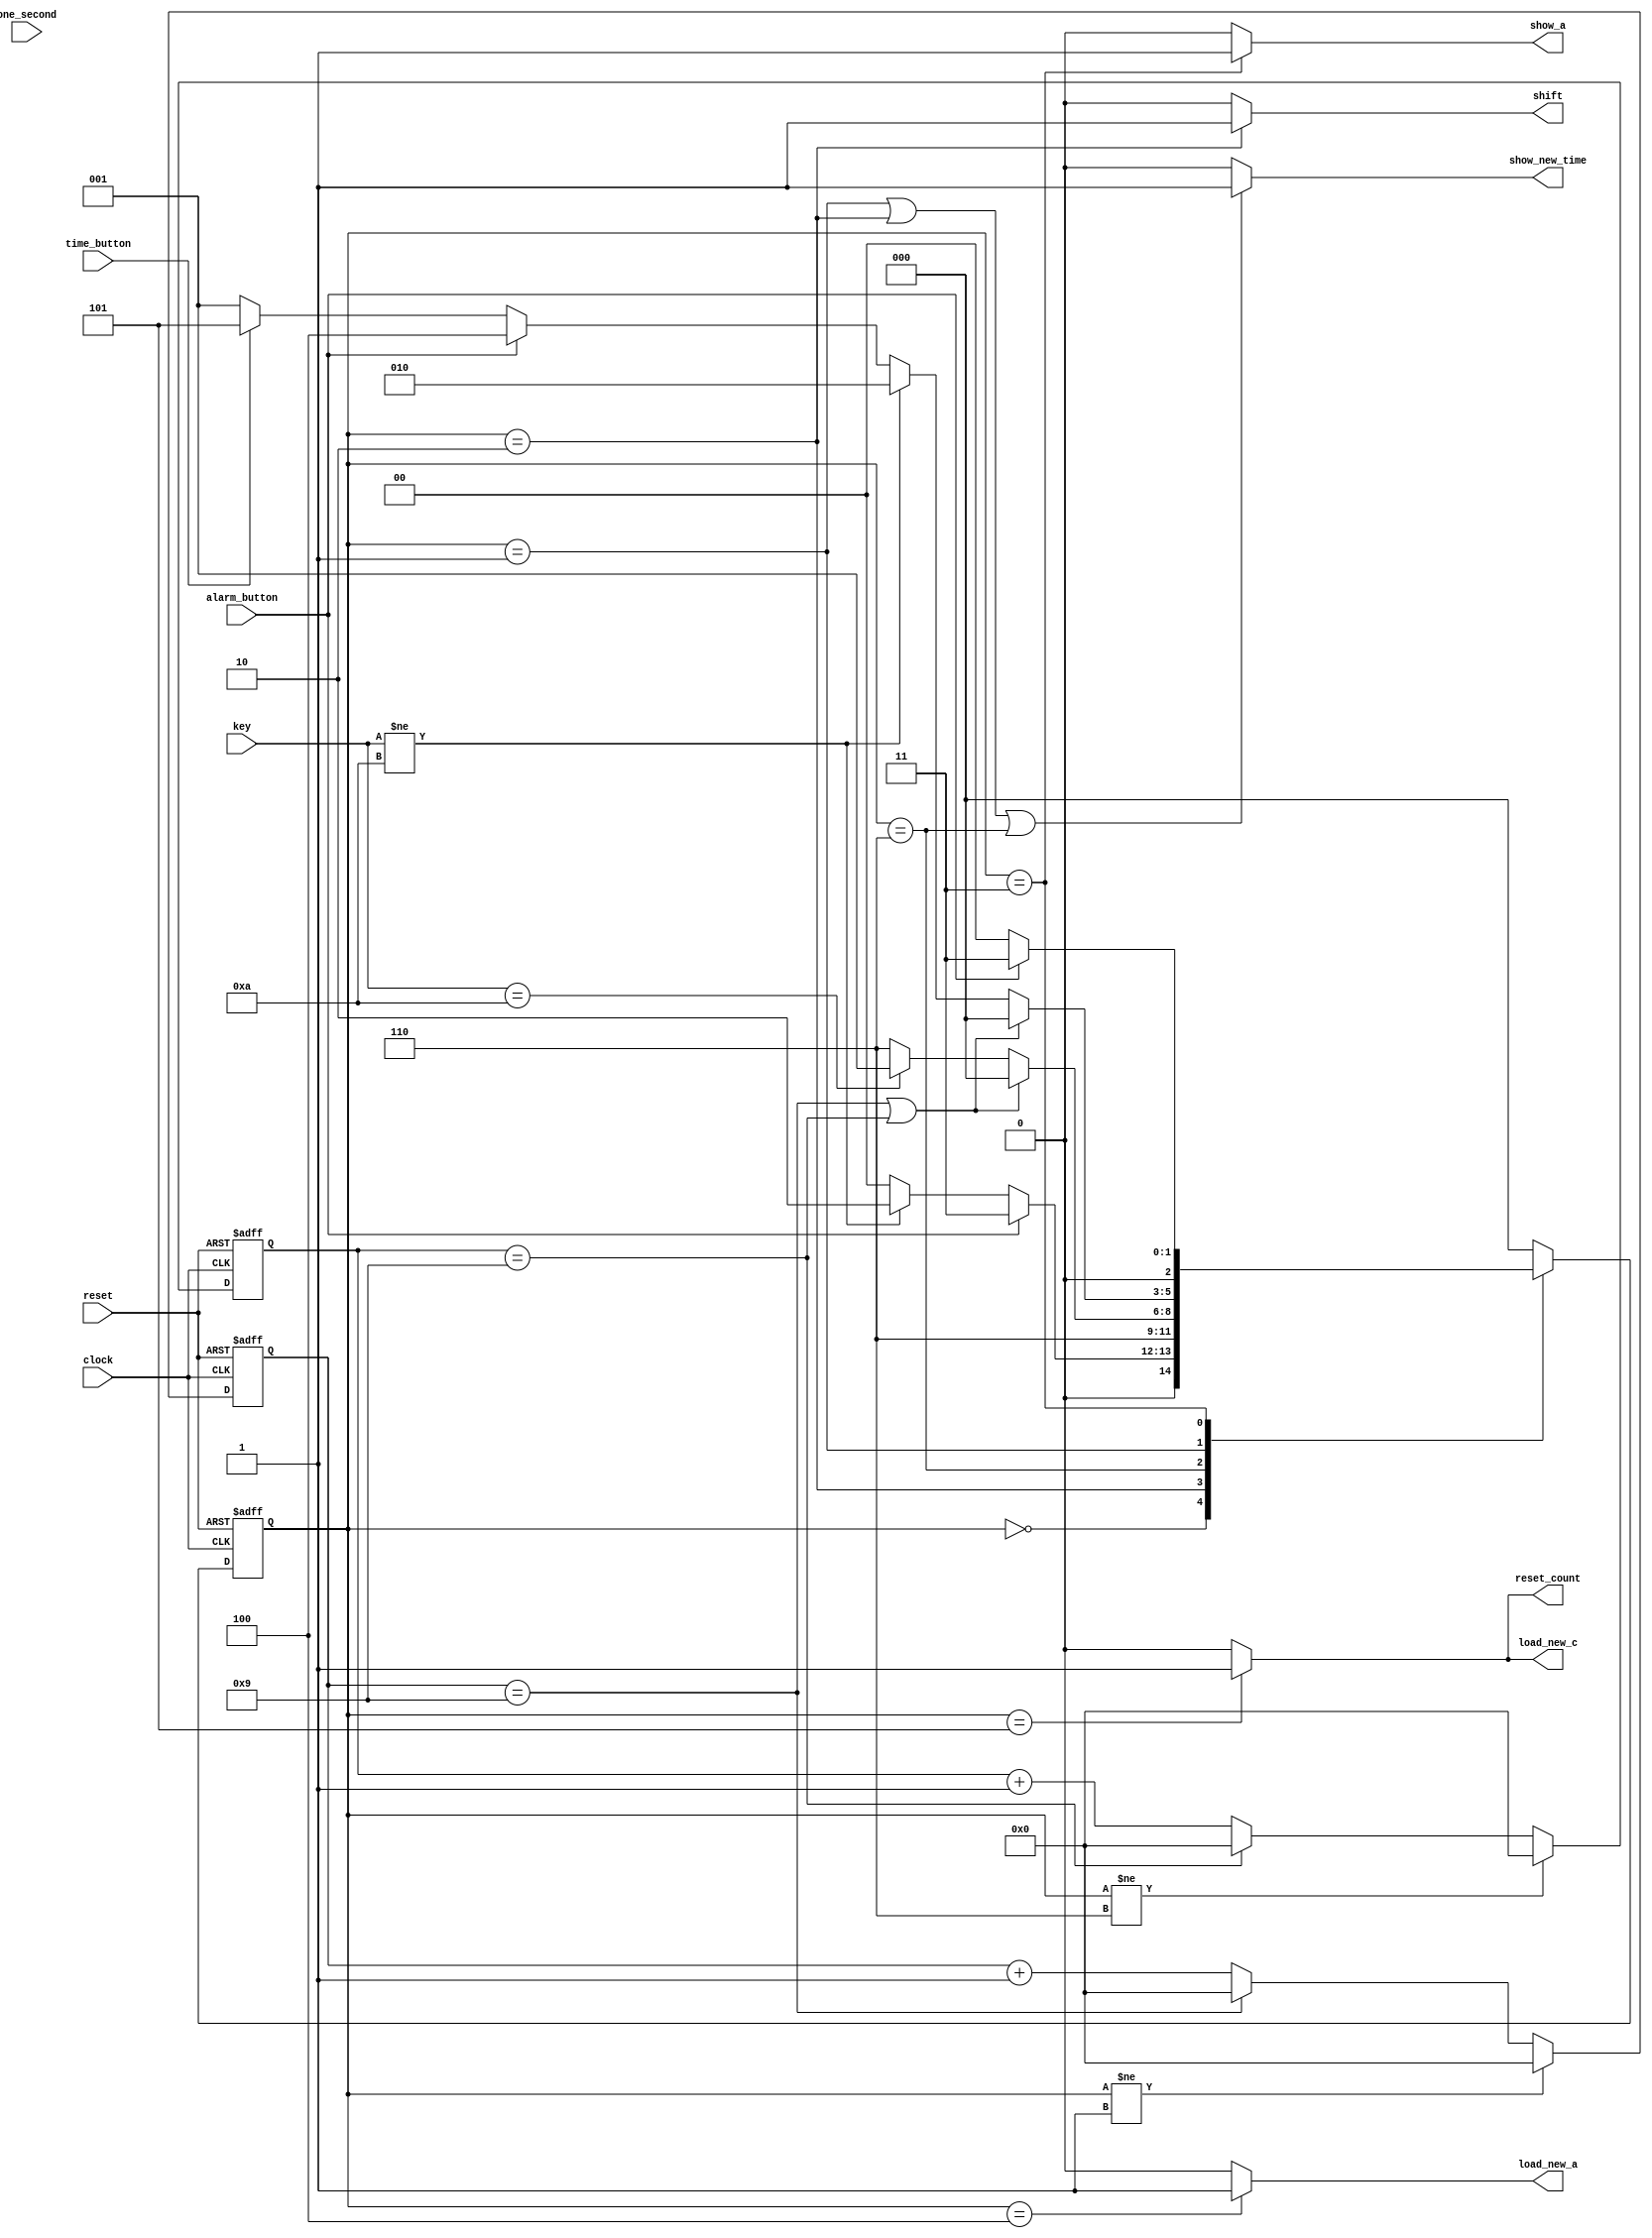
module fsm (clock,
            reset,
            one_second,
            time_button,
            alarm_button,
            key,
            reset_count,
            load_new_a,
            show_a,
            show_new_time,              
            load_new_c,              
            shift);


input clock,reset,one_second,alarm_button,time_button;
input [3:0]key;
output reset_count,load_new_c,show_new_time,show_a,load_new_a,shift;


 
reg [2:0] ps,ns;
// Define internal signal for timeout logic
wire time_out;
// Define registers for counting 10 secs in KEY_ENTRY and KEY_WAITED state
reg [3:0] count1,count2;

//states definition
parameter SHOW_TIME         = 3'b000;
parameter KEY_ENTRY         = 3'b001;
parameter KEY_STORED        = 3'b010; 
parameter SHOW_ALARM        = 3'b011;
parameter SET_ALARM_TIME    = 3'b100;
parameter SET_CURRENT_TIME  = 3'b101;
parameter KEY_WAITED        = 3'b110;
parameter NOKEY             = 10;

//Counts 10 seconds pulses for KEY_ENTRY state
always @ (posedge clock or posedge reset)
begin
  if(reset) 
    count1=0;
  else if(ps!=KEY_ENTRY)
    count1=0;
    else if(count1=='d9)
      count1=0;
      else
        count1=count1+1;
end

//Counts 10 seconds pulses for KEY_WAITED state
always @ (posedge clock or posedge reset)
begin
  if(reset)
    count2=0;
  else if(ps!=KEY_WAITED)
    count2=0;
    else if(count2=='d9)
      count2=0;
      else count2=count2+1;
end

//Time out logic  // Assert time_out signal whenever the count1 or count2 reaches 'd9
assign time_out=(count1=='d9)||(count2=='d9);

//Present state logic 
always @ (posedge clock or posedge reset) 
begin
    if(reset) ps<=0;
    else ps<=ns;
end

//Next state logic 
// Whenever there is a change in input, check for present_state and assign next_state with approriate state
always @ (ps or key or alarm_button or time_button or time_out)
begin
  case(ps)
       // State transition from SHOW_TIME to other state
       SHOW_TIME  : begin
							         if(alarm_button)  ns<=SHOW_ALARM;
							           else if(key!=NOKEY)
							             ns<=KEY_STORED;
							             else
							               ns<=SHOW_TIME;
                    end
       // In KEY_STORED state assign next_state as KEY_WAITED 
       KEY_STORED : ns<=KEY_WAITED;
       // State transition from KEY_WAITED state
       KEY_WAITED : begin
                    if(time_out==1)
                      ns<=SHOW_TIME;
                    else if(key==10)  ns<=KEY_ENTRY;
                      else ns<=KEY_WAITED;
                   
	           end
       // State transition from KEY_ENTRY state
       KEY_ENTRY  : begin
                        if(time_out==1) ns<=SHOW_TIME;
                          else if(key!=10)  ns<=  KEY_STORED;
                            else if(alarm_button) ns<=SET_ALARM_TIME;
                            else if(time_button)  ns<=SET_CURRENT_TIME;
                            else ns<=KEY_ENTRY;
                
                    end
      // State transition from SHOW_ALARM state
      SHOW_ALARM  : begin
                      if(!alarm_button) ns<=SHOW_TIME;
                      else ns<=SHOW_ALARM;  	  
                    end
   // In SET_ALARM_TIME state assign next_state as SHOW_TIME
   SET_ALARM_TIME :  ns<=SHOW_TIME;
   // In SET_ALARM_TIME state assign next_state as SHOW_TIME
   SET_CURRENT_TIME : ns<=SHOW_TIME;
   // Set default state as SHOW_TIME state
          default : ns = SHOW_TIME;

  endcase
end
       
//Moore FSM outputs 
assign reset_count=(ps==SET_CURRENT_TIME)?1:0;
assign load_new_c=(ps==SET_CURRENT_TIME)?1:0;
assign show_new_time=(ps==KEY_ENTRY || ps==KEY_STORED || ps==KEY_WAITED)?1:0;
assign show_a=(ps==SHOW_ALARM)?1:0;
assign load_new_a=(ps==SET_ALARM_TIME)?1:0;
assign shift=(ps==KEY_STORED)?1:0;

endmodule